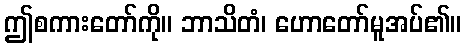
ဤစကားတော်ကို။ ဘာသိတံ၊ ဟောတော်မူအပ်၏။